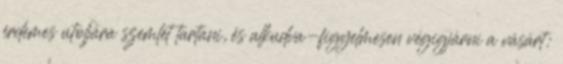
érdemes utoljára szemlét tartani, és alkudva-figyelmesen végigjárni a vásárt: